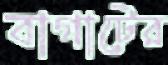
বাগাটের